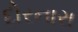
દોરનારા